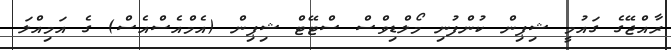
ރާއްޖޭގެ ގައުމީ ޝިޕިން ކުންފުނި މޯލްޑިވްސް ސްޓޭޓް ޝިޕިން (އެމްއެސްއެސް) ގެ އަމިއްލަ